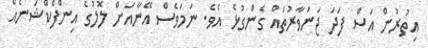
އިތުރުން އަސް ފަދަ ޖަނަވާރުތައް ގެންގުޅެ އެވެ. ނަމަވެސް އޭނާއަށް ލޮލުގެ އިންފެކްޝަނެއް